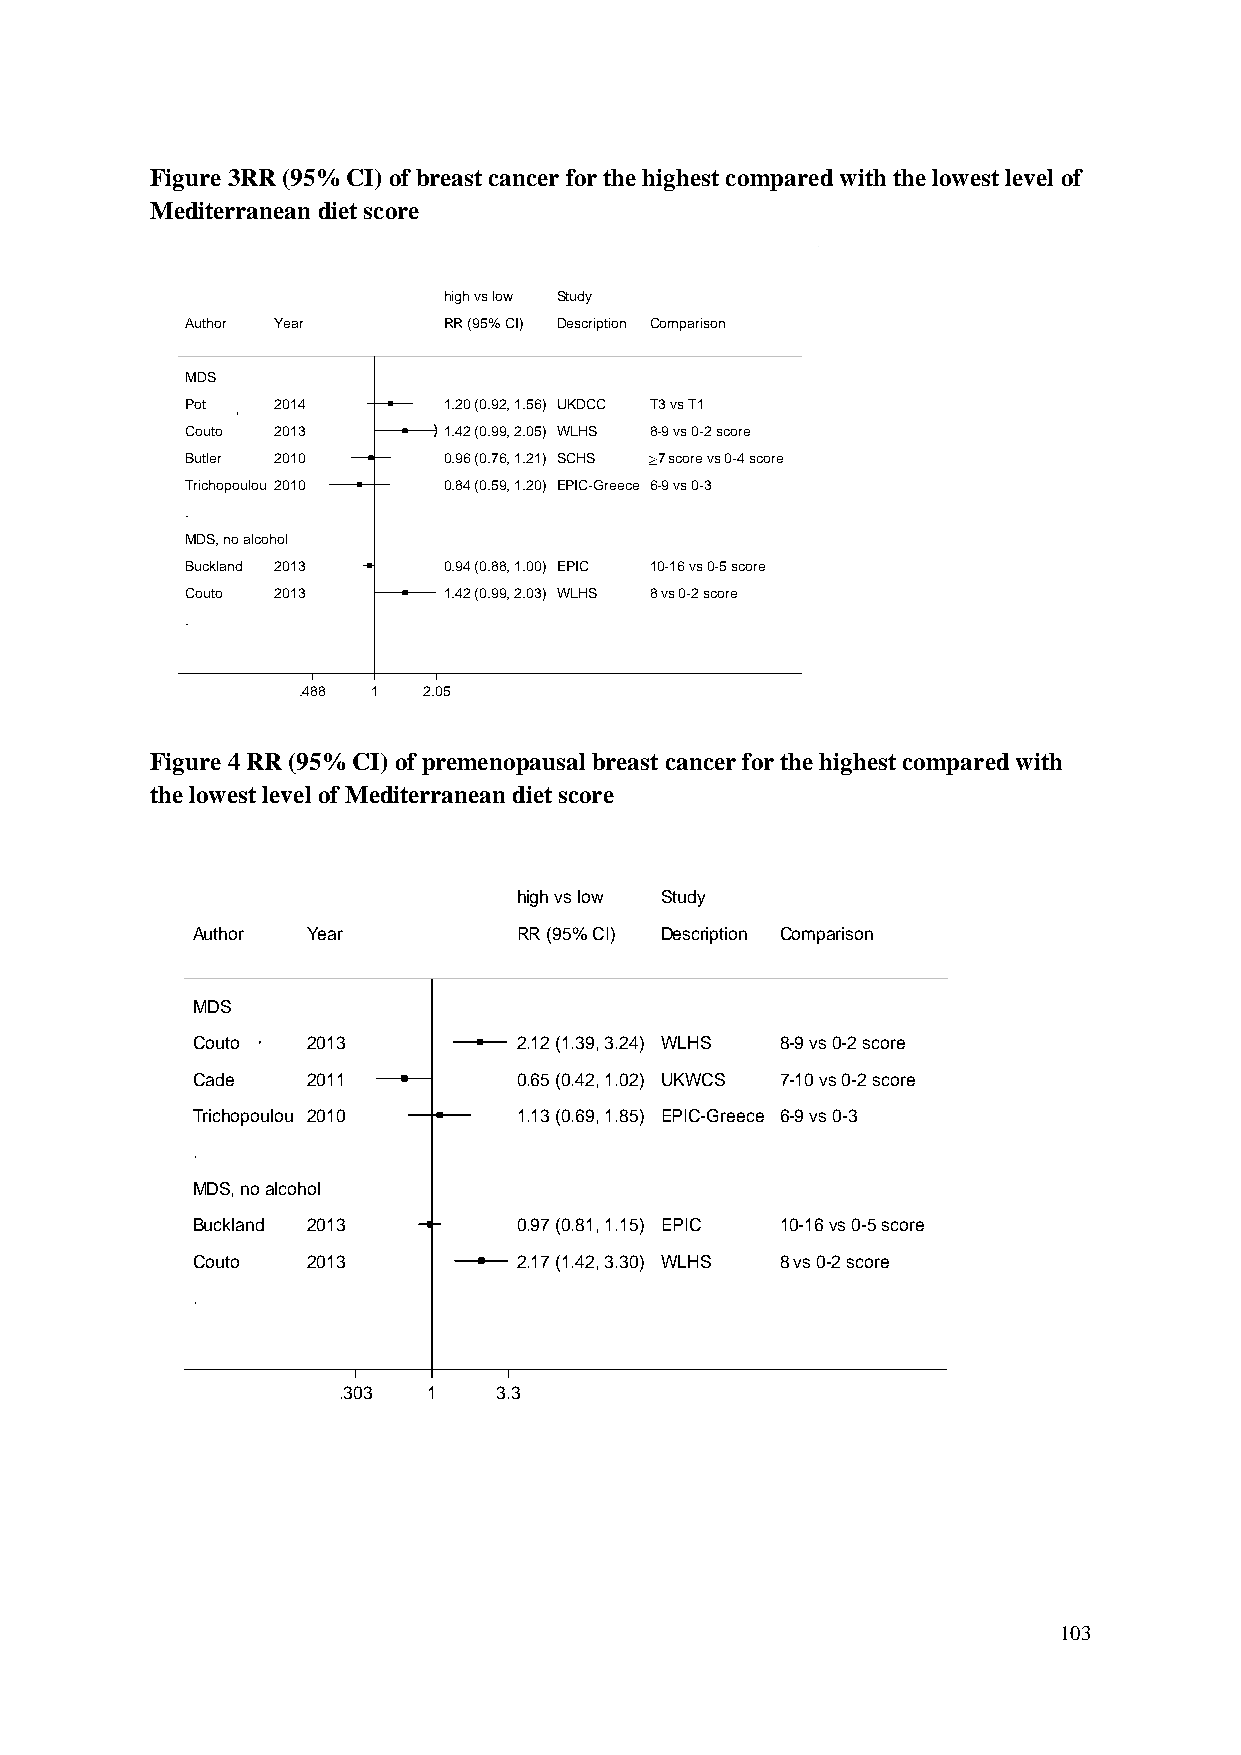
Figure 3RR (95% CI) of breast cancer for the highest compared with the lowest level of
 Mediterranean diet score
 hhiigghh vvss llooww SSttuuddyy
 Author Year      RRRR ((9955%% CCII)) DDeessccrriippttiioonn Comparison
 MDS
 Pot   2014       11..2200 ((00..9922,, 11..5566)) UUKKDDCCCC T3 vs T1
 Couto 2013       11..4422 ((00..9999,, 22..0055)) WWLLHHSS 8-9 vs 0-2 score
 Butler 2010      00..9966 ((00..7766,, 11..2211)) SSCCHHSS 7 score vs 0-4 score
 Trichopoulou 2010 00..8844 ((00..5599,, 11..2200)) EEPPIICC--GGrreeeeccee 6-9 vs 0-3
 .
 MDS, no alcohol
 Buckland 2013    00..9944 ((00..8888,, 11..0000)) EEPPIICC 10-16 vs 0-5 score
 Couto 2013       11..4422 ((00..9999,, 22..0033)) WWLLHHSS 8 vs 0-2 score
 .
 .488 11 2.05
 Figure 4 RR (95% CI) of premenopausal breast cancer for the highest compared with
 the lowest level of Mediterranean diet score
 hhiigghh vvss llooww SSttuuddyy
 Author Year          RRRR ((9955%% CCII)) DDeessccrriippttiioonn Comparison
 MDS
 Couto  2013          22..1122 ((11..3399,, 33..2244)) WWLLHHSS 8-9 vs 0-2 score
 Cade   2011          00..6655 ((00..4422,, 11..0022)) UUKKWWCCSS 7-10 vs 0-2 score
 Trichopoulou 2010    11..1133 ((00..6699,, 11..8855)) EEPPIICC--GGrreeeeccee 6-9 vs 0-3
 .
 MDS, no alcohol
 Buckland 2013        00..9977 ((00..8811,, 11..1155)) EEPPIICC 10-16 vs 0-5 score
 Couto  2013          22..1177 ((11..4422,, 33..3300)) WWLLHHSS 8 vs 0-2 score
 .
 .303  11   3.3
 103